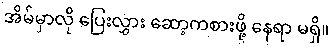
အိမ်မှာလို ပြေးလွှား ဆော့ကစားဖို့ နေရာ မရှိ။